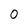
Character: 0